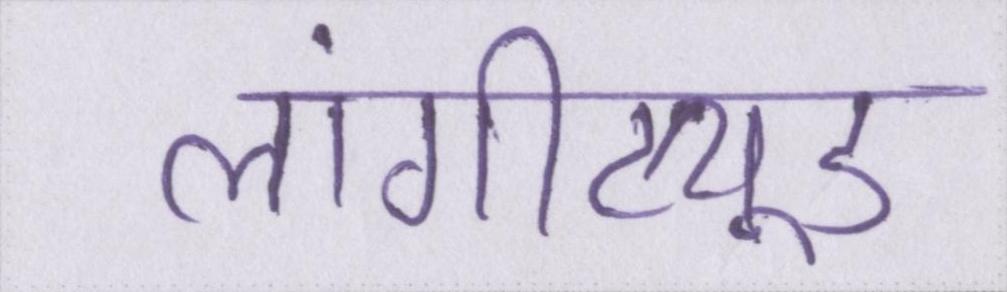
लांगीट्यूड